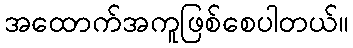
အထောက်အကူဖြစ်စေပါတယ်။